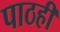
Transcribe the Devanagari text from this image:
पाठही